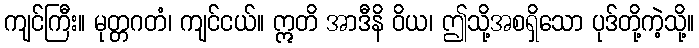
ကျင်ကြီး။ မုတ္တဂတံ၊ ကျင်ငယ်။ ဣတိ အာဒီနိ ဝိယ၊ ဤသို့အစရှိသော ပုဒ်တို့ကဲ့သို့။